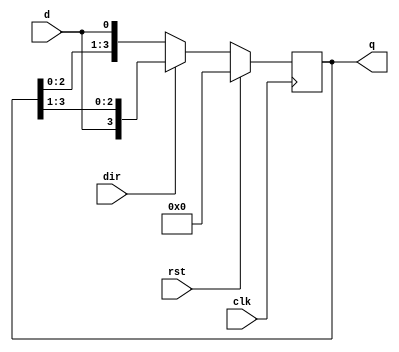
`timescale 1ns / 1ps
//////////////////////////////////////////////////////////////////////////////////
// Company: 
// Engineer: 
// 
// Design Name: 
// Module Name:    bidirectionalB 
// Project Name: 
// Target Devices: 
// Tool versions: 
// Description: 
//
// Dependencies: 
//
// Revision: 
// Revision 0.01 - File Created
// Additional Comments: 
//
//////////////////////////////////////////////////////////////////////////////////
module bidirectionalB(clk,rst,dir,d,q
    );
input clk,rst,dir,d;
output reg [3:0] q;
always@(posedge clk)
begin

if(rst)
    q<=4'b0000;
else if(dir==0)
    q<={q[2:0],d};
else
    q<={d,q[3:1]};
end

endmodule